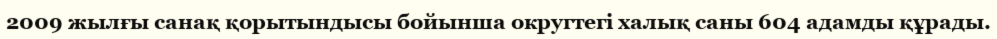
2009 жылғы санақ қорытындысы бойынша округтегі халық саны 604 адамды құрады.